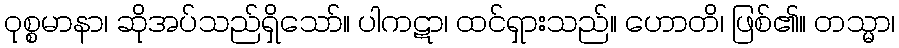
ဝုစ္စမာနာ၊ ဆိုအပ်သည်ရှိသော်။ ပါကဋာ၊ ထင်ရှားသည်။ ဟောတိ၊ ဖြစ်၏။ တသ္မာ၊